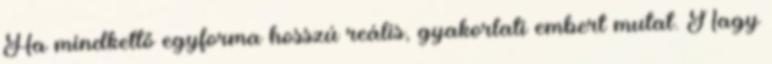
Ha mindkettő egyforma hosszú reális, gyakorlati embert mutat. Nagy